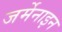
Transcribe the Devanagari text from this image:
जर्मेनाइन